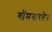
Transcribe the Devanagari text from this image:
बॉमगारतेन